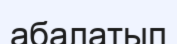
абалатып